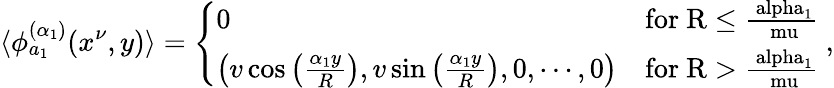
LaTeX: \langle\phi_{a_{1}}^{(\alpha_{1})}(x^{\nu},y)\rangle=\left\{ \begin{array}{lr}{{0}}&{{\mathrm{for~R\leq\frac{\ alpha_{1}}{\ mu}~}}}\\ {{\left(v\cos\left(\frac{\alpha_{1}y}{R}\right),v\sin\left(\frac{\alpha_{1}y}{R}\right),0,\cdots,0\right)}}&{{\mathrm{for~R>\frac{\ alpha_{1}}{\ mu}~}}}\end{array}\right.,